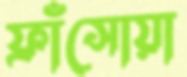
ফ্রাঁসোয়া